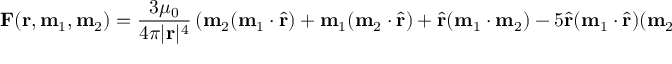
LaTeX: \mathbf { F } ( \mathbf { r } , \mathbf { m } _ { 1 } , \mathbf { m } _ { 2 } ) = { \frac { 3 \mu _ { 0 } } { 4 \pi | \mathbf { r } | ^ { 4 } } } \left( \mathbf { m } _ { 2 } ( \mathbf { m } _ { 1 } \cdot { \hat { \mathbf { r } } } ) + \mathbf { m } _ { 1 } ( \mathbf { m } _ { 2 } \cdot { \hat { \mathbf { r } } } ) + { \hat { \mathbf { r } } } ( \mathbf { m } _ { 1 } \cdot \mathbf { m } _ { 2 } ) - 5 { \hat { \mathbf { r } } } ( \mathbf { m } _ { 1 } \cdot { \hat { \mathbf { r } } } ) ( \mathbf { m } _ { 2 } \cdot { \hat { \mathbf { r } } } ) \right) ,